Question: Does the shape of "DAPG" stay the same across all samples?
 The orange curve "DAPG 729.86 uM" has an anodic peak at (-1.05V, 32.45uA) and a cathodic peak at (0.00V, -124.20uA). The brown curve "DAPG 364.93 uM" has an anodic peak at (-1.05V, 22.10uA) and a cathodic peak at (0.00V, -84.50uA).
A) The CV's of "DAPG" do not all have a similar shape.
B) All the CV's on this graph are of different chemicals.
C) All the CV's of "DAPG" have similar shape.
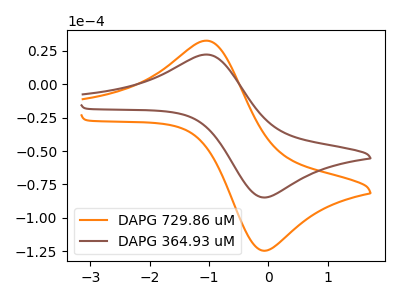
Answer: <think>All the peaks in "DAPG 729.86 uM" have a peak in "DAPG 364.93 uM" at the same potential. Every peak in "DAPG 729.86 uM" is higher than every peak in "DAPG 364.93 uM".
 </think>
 <answer>C) All the CV's of "DAPG" have similar shape.</answer>
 <eval>C</eval>